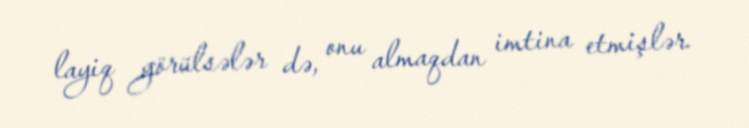
layiq görülsələr də, onu almaqdan imtina etmişlər.